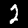
Label: 2